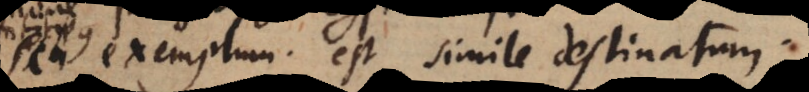
exemplum est simile destinatum.